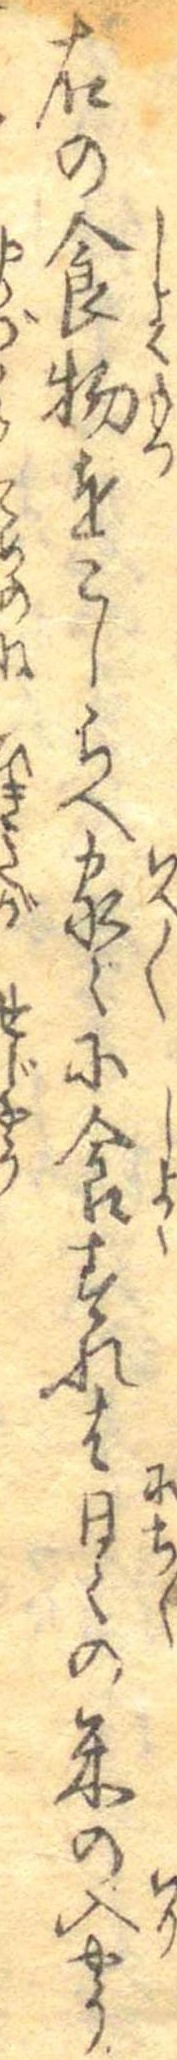
右の食物をこしらへ家々に食すれは日々の米の入やう